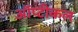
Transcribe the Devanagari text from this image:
ऑप्टीकल